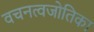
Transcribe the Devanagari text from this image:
वचनत्वजोतिका